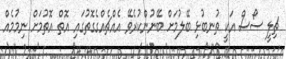
ޗިލީ ސޯސް އަކީ ތުނބުޅި ބޭލުމަށް ބޭނުންކުރެވޭ އެއްޗެއްގެގޮތުގައި އޮތް އޮތުމަށް ނިމުމެއް